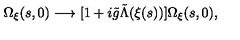
\Omega _ { \xi } ( s , 0 ) \longrightarrow [ 1 + i { \tilde { g } } { \tilde { \Lambda } } ( \xi ( s ) ) ] \Omega _ { \xi } ( s , 0 ) ,